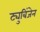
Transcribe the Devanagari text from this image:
ट्युबिंजेन